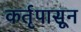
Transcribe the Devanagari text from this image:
कर्तृपासून